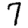
Digit: 7